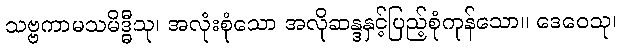
သဗ္ဗကာမသမိဒ္ဓီသု၊ အလုံးစုံသော အလိုဆန္ဒနှင့်ပြည့်စုံကုန်သော။ ဒေဝေသု၊